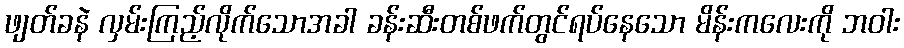
ဖျတ်ခနဲ လှမ်းကြည့်လိုက်သောအခါ ခန်းဆီးတစ်ဖက်တွင်ရပ်နေသော မိန်းကလေးကို ဘဝါး